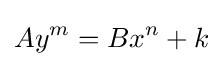
Ay^{m}=Bx^{n}+k